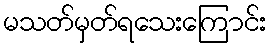
မသတ်မှတ်ရသေးကြောင်း